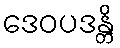
ဒေဝပဒန္တိ